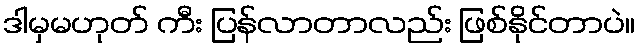
ဒါမှမဟုတ် ကီး ပြန်လာတာလည်း ဖြစ်နိုင်တာပဲ။